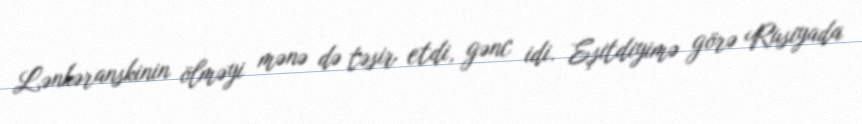
Lənkəranskinin ölməyi mənə də təsir etdi, gənc idi. Eşitdiyimə görə Rusiyada